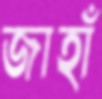
জাহাঁ